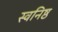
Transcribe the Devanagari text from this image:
स्वनिष्ठ